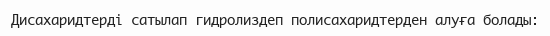
Дисахаридтерді сатылап гидролиздеп полисахаридтерден алуға болады: